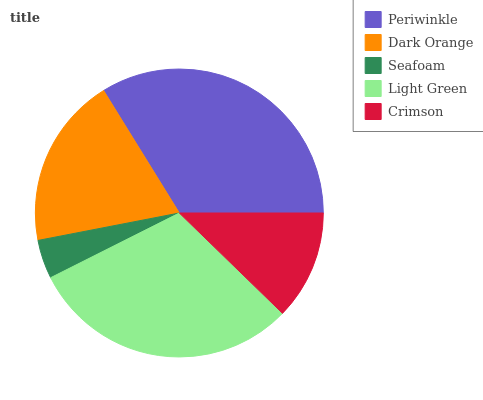
| Periwinkle | Dark Orange | Seafoam | Light Green | Crimson |
 | --- | --- | --- | --- | --- |
 | 33.8% | 19.3% | 4.37% | 30.3% | 12.3% |